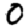
Digit: 0